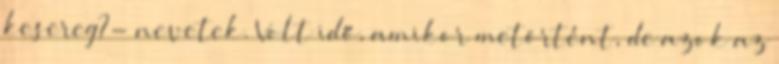
kesereg?- nevetek. Volt idő, amikor metörtént, de azok az